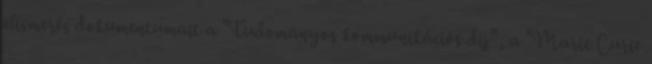
elismerés dokumentumait a "Tudományos kommunikációs díj", a "Marie Curie